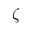
\zeta